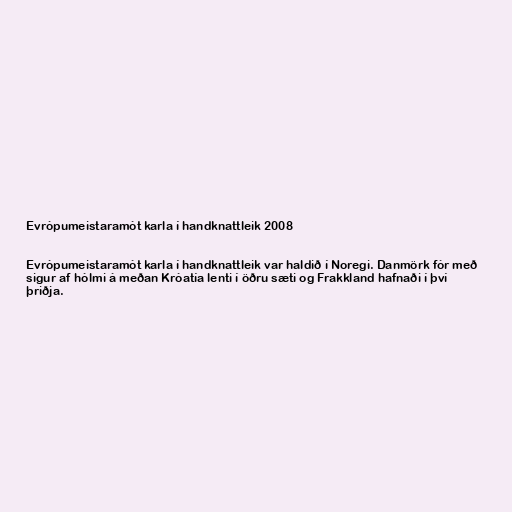
Evrópumeistaramót karla í handknattleik 2008

Evrópumeistaramót karla í handknattleik var haldið í Noregi. Danmörk fór með
sigur af hólmi á meðan Króatía lenti í öðru sæti og Frakkland hafnaði í því
þriðja.